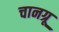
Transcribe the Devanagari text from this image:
चानग्रू